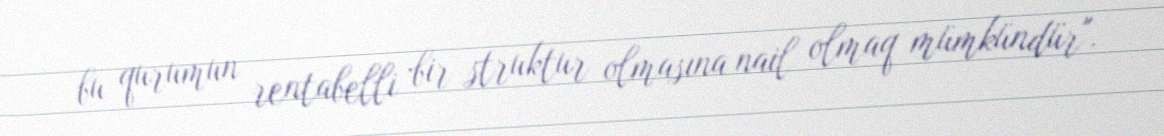
bu qurumun rentabelli bir struktur olmasına nail olmaq mümkündür".